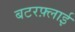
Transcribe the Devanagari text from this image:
बटरफ़्लाई